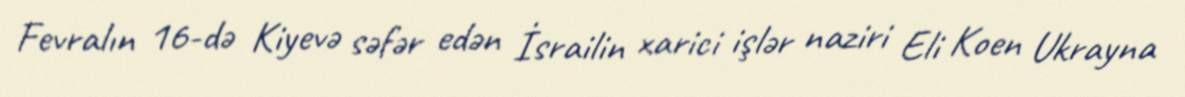
Fevralın 16-də Kiyevə səfər edən İsrailin xarici işlər naziri Eli Koen Ukrayna